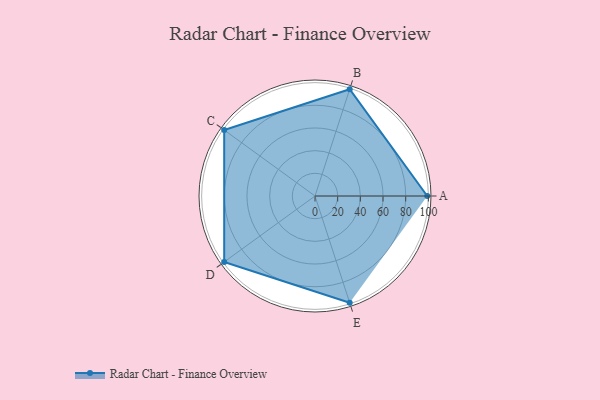
{"axis": {"x": "Skill", "y": "Score"}, "legend": ["Profile"], "data": [{"x": "A", "y": 99, "type": "Profile"}, {"x": "B", "y": 99, "type": "Profile"}, {"x": "C", "y": 99, "type": "Profile"}, {"x": "D", "y": 99, "type": "Profile"}, {"x": "E", "y": 99, "type": "Profile"}]}